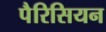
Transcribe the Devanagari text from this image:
पैरिसियन